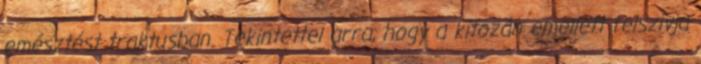
emésztést traktusban. Tekintettel arra, hogy a kitozán emellett felszívja